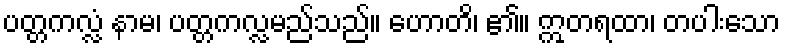
ပတ္တကလ္လံ နာမ၊ ပတ္တကလ္လမည်သည်။ ဟောတိ၊ ၏။ ဣတရထာ၊ တပါးသော